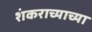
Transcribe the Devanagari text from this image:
शंकराच्याच्या